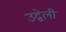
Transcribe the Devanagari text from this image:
उद्वेली